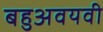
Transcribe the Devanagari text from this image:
बहुअवयवी